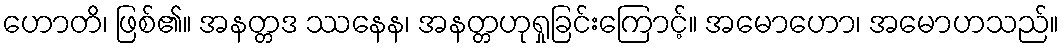
ဟောတိ၊ ဖြစ်၏။ အနတ္တဒ ဿနေန၊ အနတ္တဟုရှုခြင်းကြောင့်။ အမောဟော၊ အမောဟသည်။